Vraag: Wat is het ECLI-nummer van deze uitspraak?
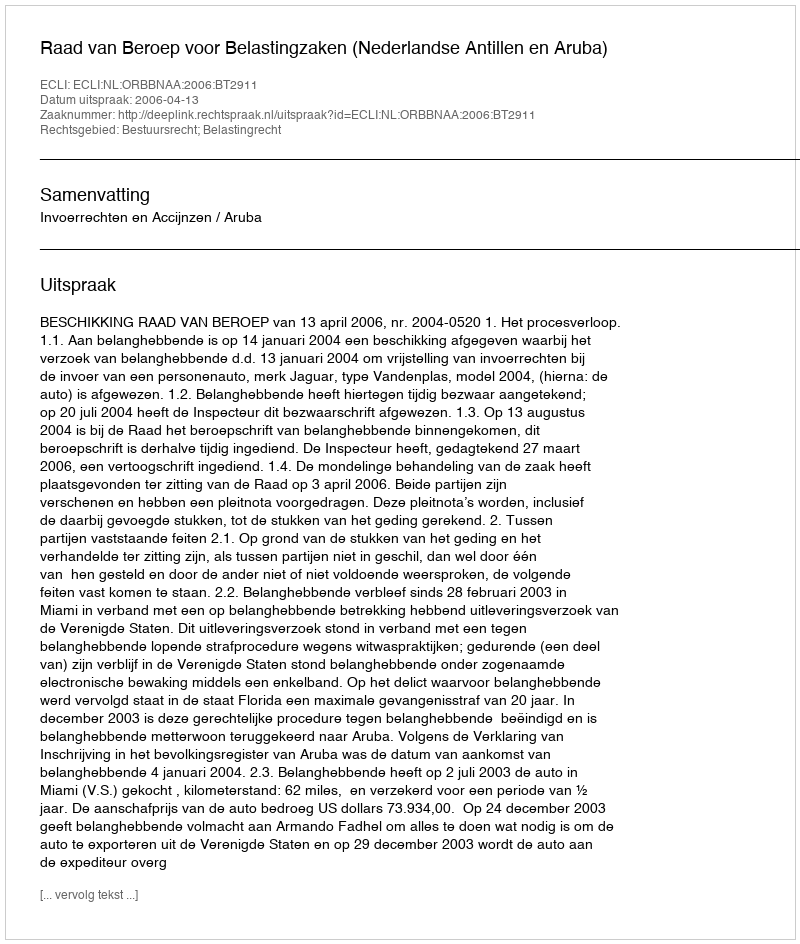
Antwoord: ECLI:NL:ORBBNAA:2006:BT2911